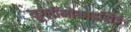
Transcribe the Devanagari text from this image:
यूग्लीनोफाइसिई